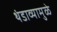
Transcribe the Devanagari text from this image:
थंडाव्यामुळे